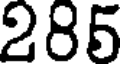
285